Anatomy and histology of ticks - Number 23
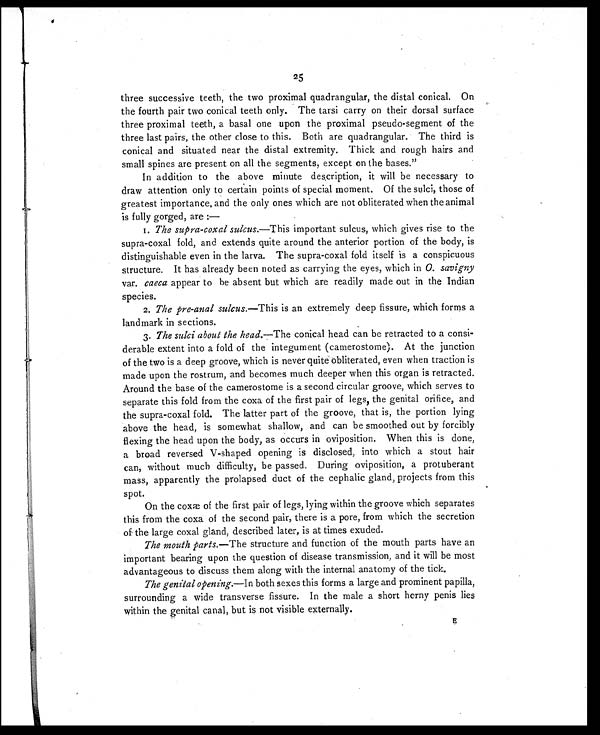
25
three successive teeth, the two proximal quadrangular, the distal conical. On
the fourth pair two conical teeth only. The tarsi carry on their dorsal surface
three proximal teeth, a basal one upon the proximal pseudo-segment of the
three last pairs, the other close to this. Both are quadrangular. The third is
conical and situated near the distal extremity. Thick and rough hairs and
small spines are present on all the segments, except on the bases."
In addition to the above minute description, it will be necessary to
draw attention only to certain points of special moment. Of the sulci, those of
greatest importance, and the only ones which are not obliterated when the animal
is fully gorged, are:
—
1. The supra-coxal sulcus. —This important sulcus, which gives rise to the
supra-coxal fold, and extends quite around the anterior portion of the body, is
distinguishable even in the larva. The supra-coxal fold itself is a conspicuous
structure. It has already been noted as carrying the eyes, which in O. savigny
var. caeca appear to be absent but which are readily made out in the Indian
species.
2. The pre-anal sulcus. —This is an extremely deep fissure, which forms a
landmark in sections.
3. The sulci about the head.— The conical head can be retracted to a consi-
derable extent into a fold of the integument (camerostome). At the junction
of the two is a deep groove, which is never quite obliterated, even when traction is
made upon the rostrum, and becomes much deeper when this organ is retracted.
Around the base of the camerostome is a second circular groove, which serves to
separate this fold from the coxa of the first pair of legs, the genital orifice, and
the supra-coxal fold. The latter part of the groove, that is, the portion lying
above the head, is somewhat shallow, and can be smoothed out by forcibly
flexing the head upon the body, as occurs in oviposition. When this is done,
a broad reversed V-shaped opening is disclosed, into which a stout hair
can, without much difficulty, be passed. During oviposition, a protuberant
mass, apparently the prolapsed duct of the cephalic gland, projects from this
spot.
On the coxæ of the first pair of legs, lying within the groove which separates
this from the coxa of the second pair, there is a pore, from which the secretion
of the large coxal gland, described later, is at times exuded.
The mouth parts. —The structure and function of the mouth parts have an
important bearing upon the question of disease transmission, and it will be most
advantageous to discuss them along with the internal anatomy of the tick.
The genital opening. —In both sexes this forms a large and prominent papilla,
surrounding a wide transverse fissure. In the male a short horny penis lies
within the genital canal, but is not visible externally.
E